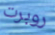
روبرت